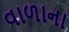
વાળાના